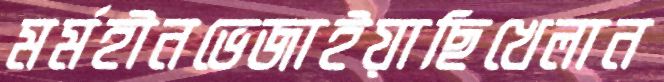
মর্মহীনভেজাইয়াছিখেলান